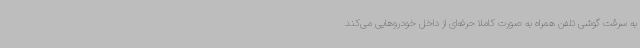
به سرقت گوشی تلفن همراه به صورت کاملا حرفه‌ای از داخل خودروهایی می‌کند